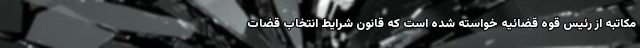
مکاتبه از رئیس قوه قضائیه خواسته شده است که قانون شرایط انتخاب قضات